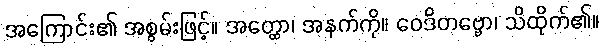
အကြောင်း၏ အစွမ်းဖြင့်။ အတ္ထော၊ အနက်ကို။ ဝေဒိတဗ္ဗော၊ သိထိုက်၏။